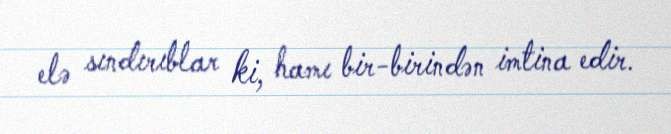
elə sındırıblar ki, hamı bir-birindən imtina edir.